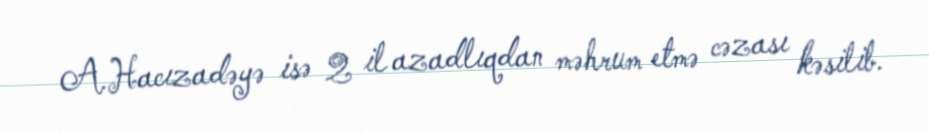
A.Hacızadəyə isə 2 il azadlıqdan məhrum etmə cəzası kəsilib.